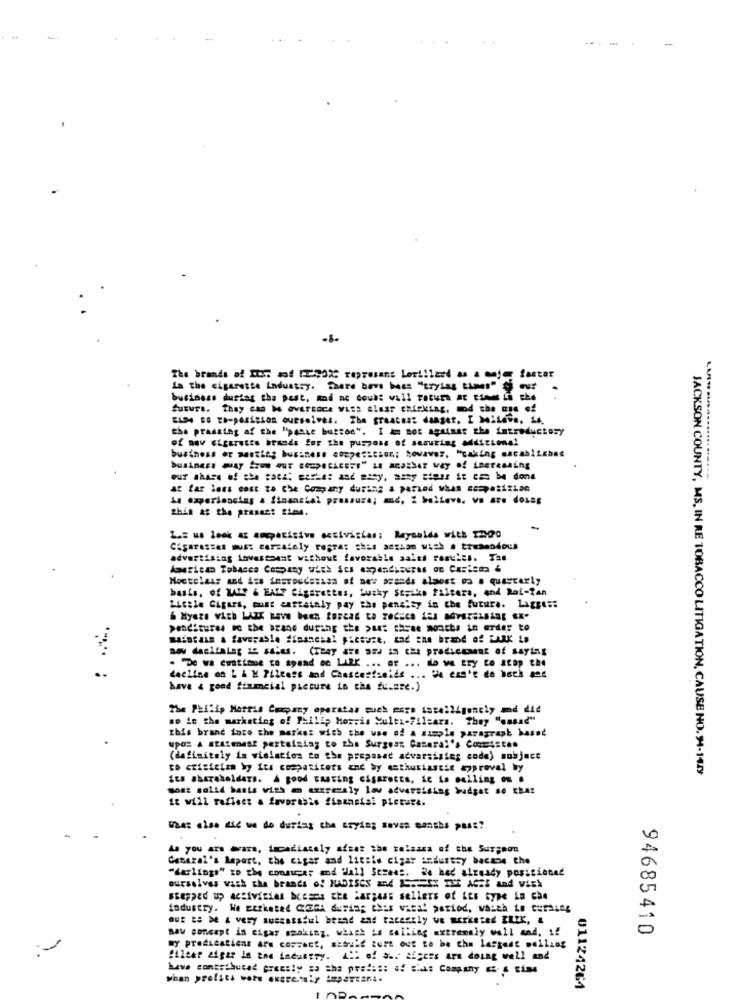
The brands of ITS: mad FERD2 represent Loriilest as a major faster
La the cigarette industry. There beve becs "trying times" fi eur
.
business dustag tha past, and nc douh: vill Fatura at times in the
futurs. they can be aversace viss elusr chieking, mod the oss of
ELSA BO XA-PASSION ourselves. The greatest danger, I Mileve, 14.
the prasking af the "passe button". I & not against the introductory
of nav cigarette breeds for the purpose of samuring addizione!
at far less cost ta Che Company during a period when === pasition
A experiencias & financial pressure; md, i believe, va are dosss
L.z w. look at competitive activistas: Reysolds with 1290
Cigarassas must corzately regras this sessan with a tremendous
advertising investsaat without favorable sales resules. Tas
American Tobacco Company with Scs expandssures on Carisma &
Moctelaar and its iestoudanssa of new scanda almost do a quarterly
basis, of WATy & EAIT Cigarettes, Lucky Strike filters, and Rat-lan
Little Cigars, must cartataly pay the pensity in the future. Laggest
penditures so the brand during the past three months in order to
maintain a favorable financial picture, and the brand of FARK La
Bou daeltatag is Salas. (Thay azt BEJ is cha pradiceannt of saying
. "De wa ewatime to spand so LARK ... or ... do we try to Stop the
decline on L & K Pileess and Chestestseids ... "Je ess'e de both ane
have & good fixmcial picture in the fu.sze.)
The Philip Morris Company operatas much more isteiligencly md die
so in the marketing of Philip Morris Multi-Filzara. They "onsad"
this brand into the market with the use of a sample paragraph based
UPON A staimest pertaining to zha Surgear Ganaral's Comistes
(definitely ia wisinties to the proposed advarsising code) subject
to crisiciam by its competitors and by enthusiastic approval by
JACKSON COUNTY, MS, IN RE TOBACCO LITIGATION, CAUSE NO.94-14/9
Its shareholders. A good casting cigaretts, ic is calling on .
sosz solid basta with m azzrealy lov advertising budget se char
it will reflect & favorabis financial picture.
What else die we do durtag che eryis; saves sanshs pass?
As you are avare, tocadiately afsat she velaasa of the Surgeon
Cabezal's Mapart, the cigar and little cigar andurssy bacane che
"darlings" ID the connuce; and ilall Stress. Be had already positioned
ourselves wach che brands of HADISCS and AS == IX THE AGES and wich
stepped up activities bresca the largass sellers of its type in che
industry. We Eztkated CEGA during this visa! period, wasch Lo curaing
Ou E De 4 very suscessful brand and recently we workstad ILIK, &
maw soncept in cigar smoking, which is selling extremely well and. 1!
94685410
wy predications Are correct, should Burt our to be cha lastadt mailing
!ileer zigar in the industry. All of as. afgers are doing well and
whan profits wote excremsiy iapariani.
01124264